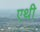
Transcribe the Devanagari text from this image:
एथी